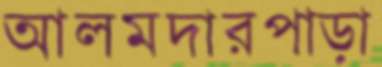
আলমদারপাড়া